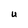
Character: u